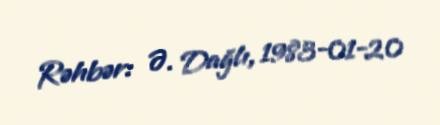
Rəhbər: Ə. Dağlı, 1983-01-20